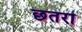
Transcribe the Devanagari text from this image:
छतरा